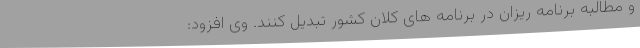
و مطالبه برنامه ریزان در برنامه های کلان کشور تبدیل کنند. وی افزود: